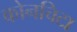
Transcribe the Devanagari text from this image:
कोनचिटा